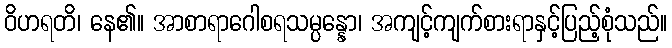
ဝိဟရတိ၊ နေ၏။ အာစာရာဂေါစရသမ္ပန္နော၊ အကျင့်ကျက်စားရာနှင့်ပြည့်စုံသည်။